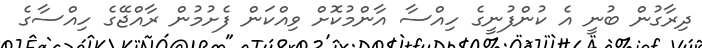
ދިރާގުން ބުނީ އެ ކުންފުނީގެ ހިއްސާ އާންމުކޮށް ވިއްކަން ފެށުމުން ރާއްޖޭގެ ހިއްސާގެ